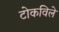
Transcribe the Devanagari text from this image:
टोकविले